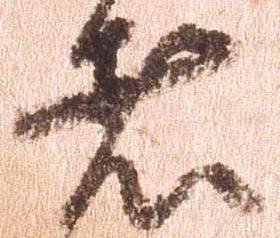
者